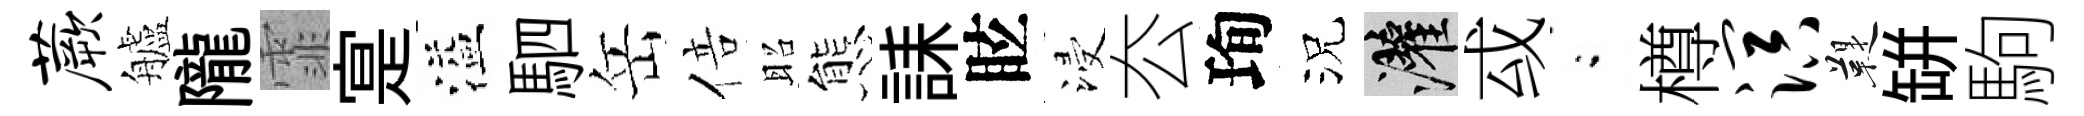
蕨艫隴霏寔溢駟岳倍昭態誄眩浸厺珣況灌㦯閤樽溟鞮缾駒